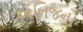
ખનિજનો